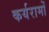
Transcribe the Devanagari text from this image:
कर्यरामों